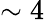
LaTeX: \sim 4